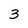
Character: 3